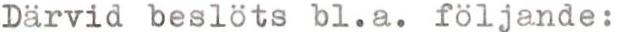
Därvid beslöts bl.a. följande: